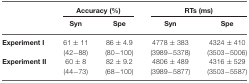
<table><thead><tr><td></td><td colspan="2"><b>Accuracy (%)</b></td><td colspan="2"><b>RTs (ms)</b></td></tr><tr><td></td><td><b>Syn</b></td><td><b>Spe</b></td><td><b>Syn</b></td><td><b>Spe</b></td></tr></thead><tbody><tr><td><b>Experiment I</b></td><td>61 ± 11</td><td>86 ± 4.9</td><td>4778 ± 383</td><td>4324 ± 410</td></tr><tr><td></td><td>(42−88)</td><td>(80−100)</td><td>(3989−5378)</td><td>(3503−5006)</td></tr><tr><td><b>Experiment II</b></td><td>60 ± 8</td><td>82 ± 9.2</td><td>4806 ± 489</td><td>4316 ± 529</td></tr><tr><td></td><td>(44−73)</td><td>(68−100)</td><td>(3989−5877)</td><td>(3503−5587)</td></tr></tbody></table>